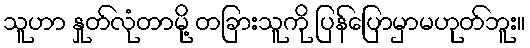
သူဟာ နှုတ်လုံတာမို့ တခြားသူကို ပြန်ပြောမှာမဟုတ်ဘူး။